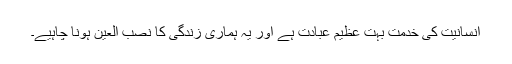
انسانیت کی خدمت بہت عظیم عبادت ہے اور یہ ہماری زندگی کا نصب العین ہونا چاہیے۔